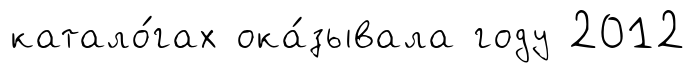
катало́гах ока́зывала году 2012